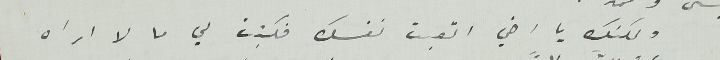
ولكنك يا اخي اتعبت نفسك فكتبت لي ما لا اراه